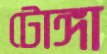
টোঙ্গা